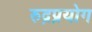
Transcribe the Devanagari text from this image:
रुद्रप्रयोग